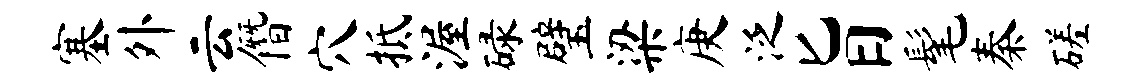
塞外云僭穴抵渥碌璧梁庚泛旨髦秦磋